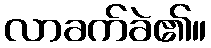
လာခက်ခဲ၏။